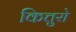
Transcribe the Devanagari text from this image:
कित्तुरो